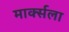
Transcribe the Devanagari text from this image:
मार्क्‍सला